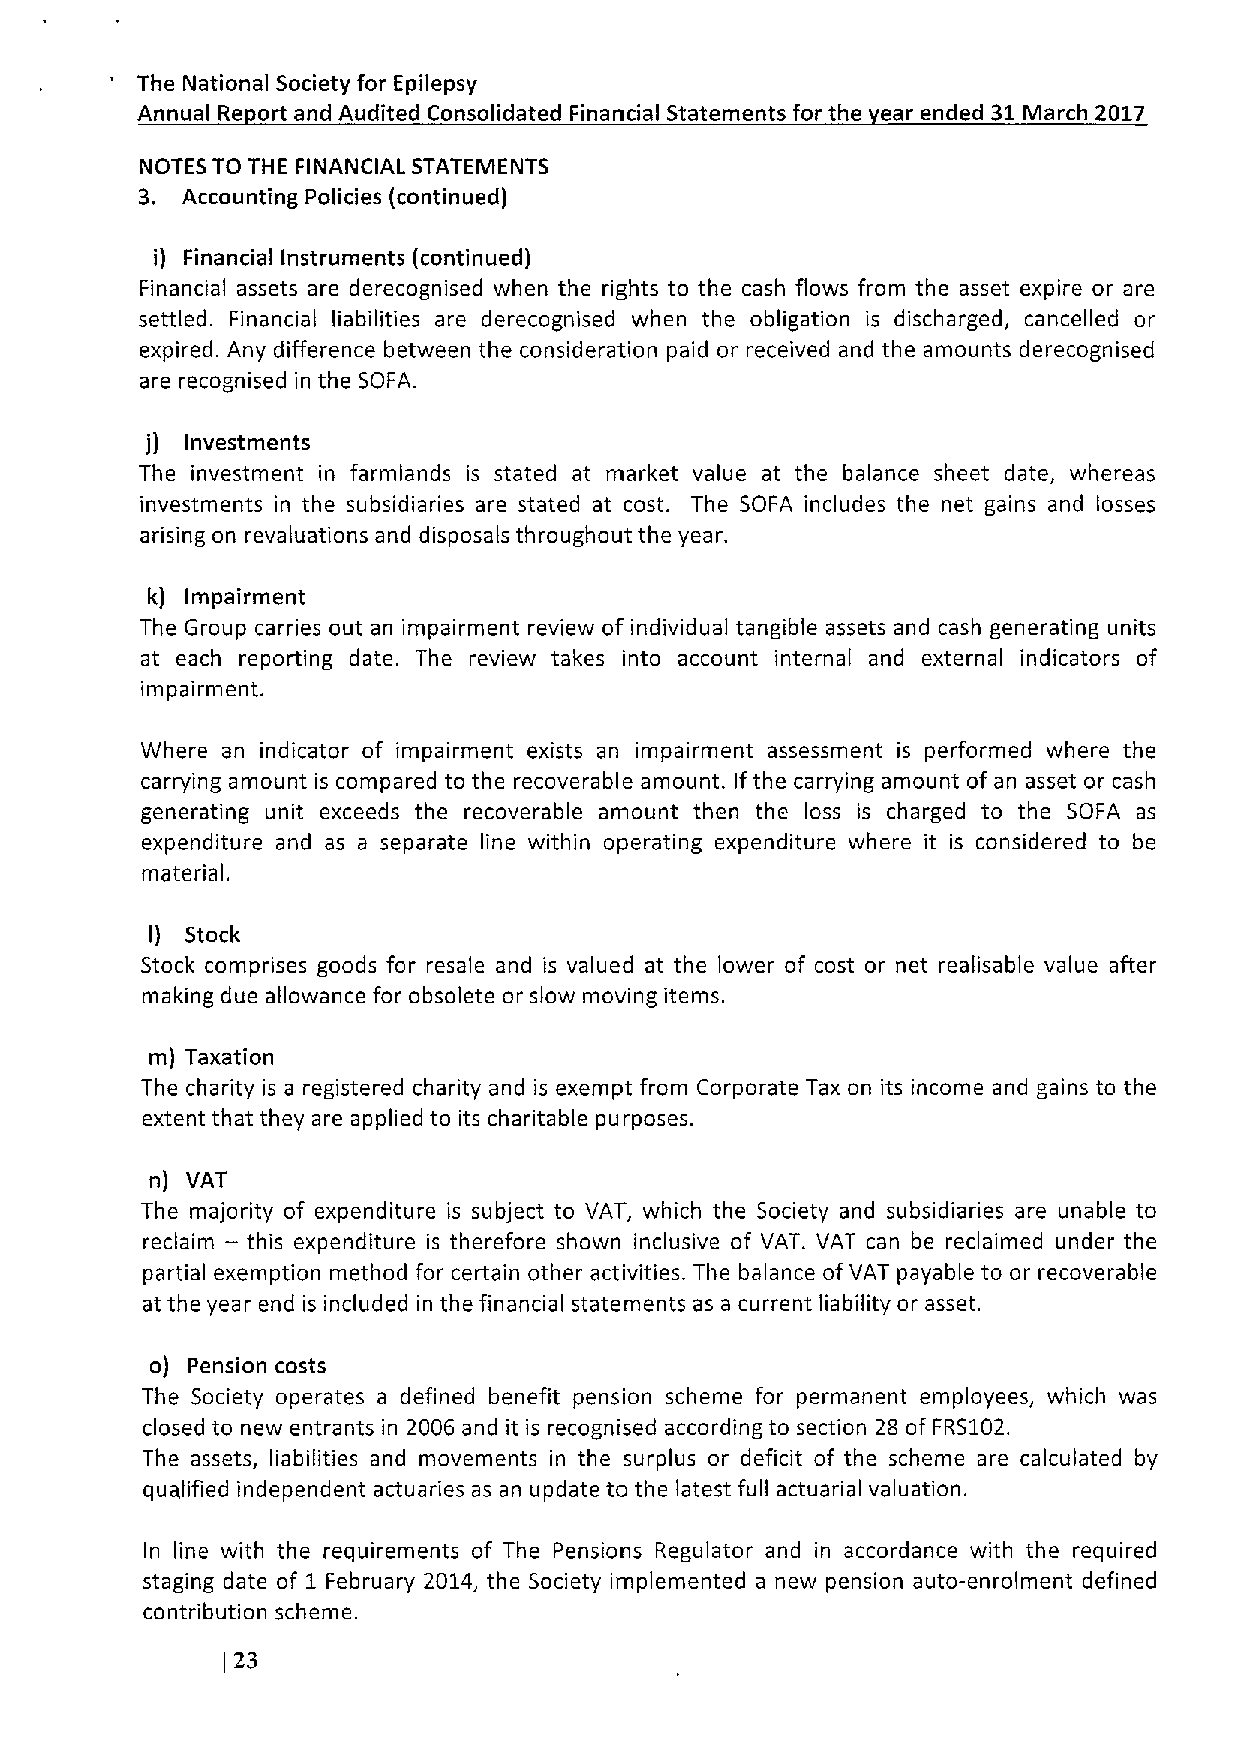
The National Society for Epilepsy
 Annual Re ort and Audited Consolidated Financial Statements for the ear ended 31March 2017
 NOTES TO THE FINANCIAL STATEMENTS
 3. Accounting Policies (continued)
 i) Financial Instruments (continued)
 Financial assets are derecognised when the rights to the cash flows from the asset expire or are
 settled. Financial liabilities are derecognised when the obligation is discharged, cancelled or
 expired. Any difference between the consideration paid or received and the amounts derecognised
 are recognised in the SOFA.
 j) Investments
 The investment in farmlands is stated at market value at the balance sheet date, whereas
 investments in the subsidiaries are stated at cost. The SOFA includes the net gains and losses
 arising on revaluations and disposals throughout the year.
 k) Impairment
 The Group carries out an impairment review of individual tangible assets and cash generating units
 at each reporting date. The review takes into account internal and external indicators of
 impairment.
 Where an indicator of impairment exists an impairment assessment is performed where the
 carrying amount is compared to the recoverable amount. Ifthe carrying amount of an asset or cash
 generating unit exceeds the recoverable amount then the loss is charged to the SOFA as
 expenditure and as a separate line within operating expenditure where it is considered to be
 material.
 I) Stock
 Stock comprises goods for resale and is valued at the lower of cost or net realisable value after
 making due allowance for obsolete or slow moving items.
 m) Taxation
 The charity is a registered charity and is exempt from Corporate Tax on its income and gains to the
 extent that they are applied to its charitable purposes.
 n) VAT
 The majority of expenditure is subject to VAT, which the Society and subsidiaries are unable to
 —
 reclaim this expenditure is therefore shown inclusive of VAT. VAT can be reclaimed under the
 partial exemption method for certain other activities. The balance ofVAT payable to or recoverable
 at the year end is included in the financial statements as a current liability or asset.
 o) Pension costs
 The Society operates a defined benefit pension scheme for permanent employees, which was
 closed to new entrants in 2006 and it is recognised according to section 28 of FRS102.
 The assets, liabilities and movements in the surplus or deficit of the scheme are calculated by
 qualified independent actuaries as an update to the latest full actuarial valuation.
 In line with the requirements of The Pensions Regulator and in accordance with the required
 staging date of 1 February 2014, the Society implemented a new pension auto-enrolment defined
 contribution scheme.